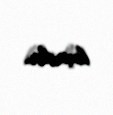
keçirilir.